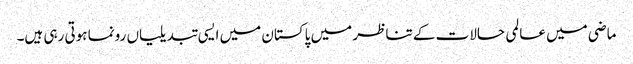
ماضی میں عالمی حالات کے تناظر میں پاکستان میں ایسی تبدیلیاں رونما ہوتی رہی ہیں۔